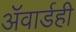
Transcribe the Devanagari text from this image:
ॲवार्डही